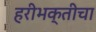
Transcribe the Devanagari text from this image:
हरीभक्तीचा